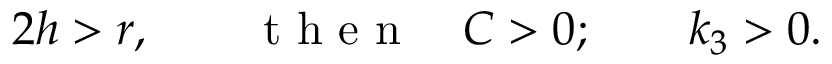
\begin{array} { r } { 2 h > r , \qquad \mathrm { ~ t ~ h ~ e ~ n ~ } \quad C > 0 ; \qquad k _ { 3 } > 0 . } \end{array}